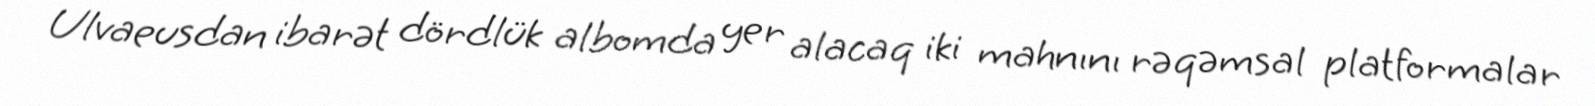
Ulvaeusdan ibarət dördlük albomda yer alacaq iki mahnını rəqəmsal platformalar